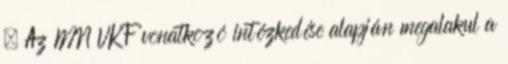
– Az MN VKF vonatkozó intézkedése alapján megalakul a